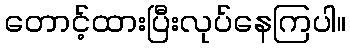
တောင့်ထားပြီးလုပ်နေကြပါ။